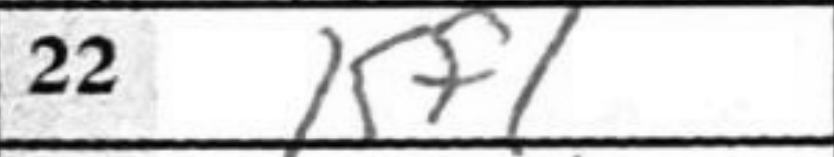
Transcription: Kf1